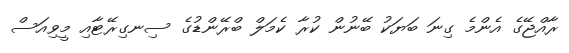
ރާއްޖޭގެ އެންމެ ގިނަ ބަޔަކު ބޭނުން ކުރާ ކެމަލް ބްރޭންޑުގެ ސިނގިރޭޓާއި މީވިއަސް